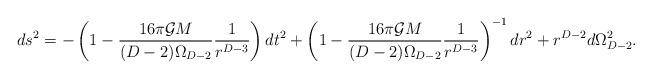
LaTeX: \begin{align*}ds^2= -\left(1-\frac{16\pi{\cal G} M}{(D-2)\Omega_{D-2}}\frac{1}{r^{D-3}}\right)dt^2+\left(1-\frac{16\pi{\cal G} M}{(D-2)\Omega_{D-2}}\frac{1}{r^{D-3}}\right)^{-1}dr^2+r^{D-2}d\Omega_{D-2}^2.\end{align*}